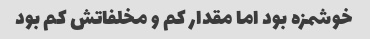
خوشمزه بود اما مقدار کم و مخلفاتش کم بود